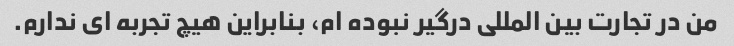
من در تجارت بین المللی درگیر نبوده ام، بنابراین هیچ تجربه ای ندارم.